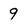
Character: 9